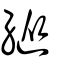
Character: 縱